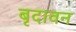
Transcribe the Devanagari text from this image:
बृदावन